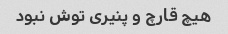
هیچ قارچ و پنیری توش نبود